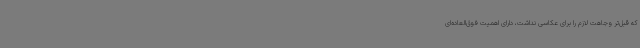
که قبل‌تر وجاهت لازم را برای عکاسی نداشت، دارای اهمیت فوق‌العاده‌ای